Leprosy in India: report of the Leprosy Commission in India, 1890-91
Year: 1890
Disease focus: Leprosy
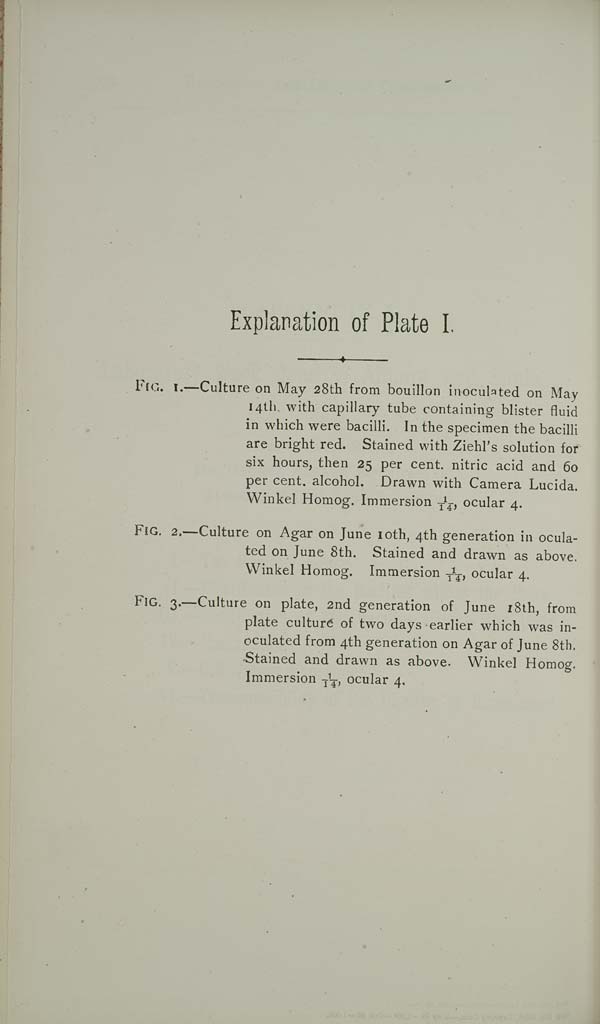
Explanation of Plate I.
FIG. 1.—Culture on May 28th from bouillon inoculated on May
14th, with capillary tube containing blister fluid
in which were bacilli. In the specimen the bacilli
are bright red. Stained with Ziehl's solution for
six hours, then 25 per cent. nitric acid and 60
per cent. alcohol. Drawn with Camera Lucida.
Winkel Homog. Immersion 1/14, ocular 4.
FIG. 2.—Culture on Agar on June 10th, 4th generation in ocula-
ted on June 8th. Stained and drawn as above.
Winkel Homog. Immersion 1/14, ocular 4.
FIG. 3.—Culture on plate, 2nd generation of June 18th, from
plate culture of two days earlier which was in-
oculated from 4th generation on Agar of June 8th.
Stained and drawn as above. Winkel Homog.
Immersion 1/14, ocular 4.